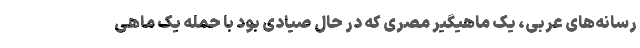
رسانه‌های عربی، یک ماهیگیر مصری که در حال صیادی بود با حمله یک ماهی